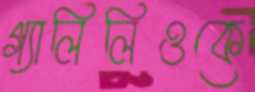
গ্যালিলিওকে